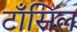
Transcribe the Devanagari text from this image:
टाँसिल